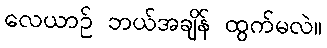
လေယာဉ် ဘယ်အချိန် ထွက်မလဲ။